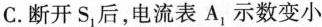
C.断开S_{1}后，电流表A_{2}示数变小